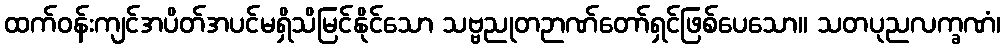
ထက်ဝန်းကျင်အပိတ်အပင်မရှိသိမြင်နိုင်သော သဗ္ဗညုတဉာဏ်တော်ရှင်ဖြစ်ပေသော။ သတပုညလက္ခဏံ၊